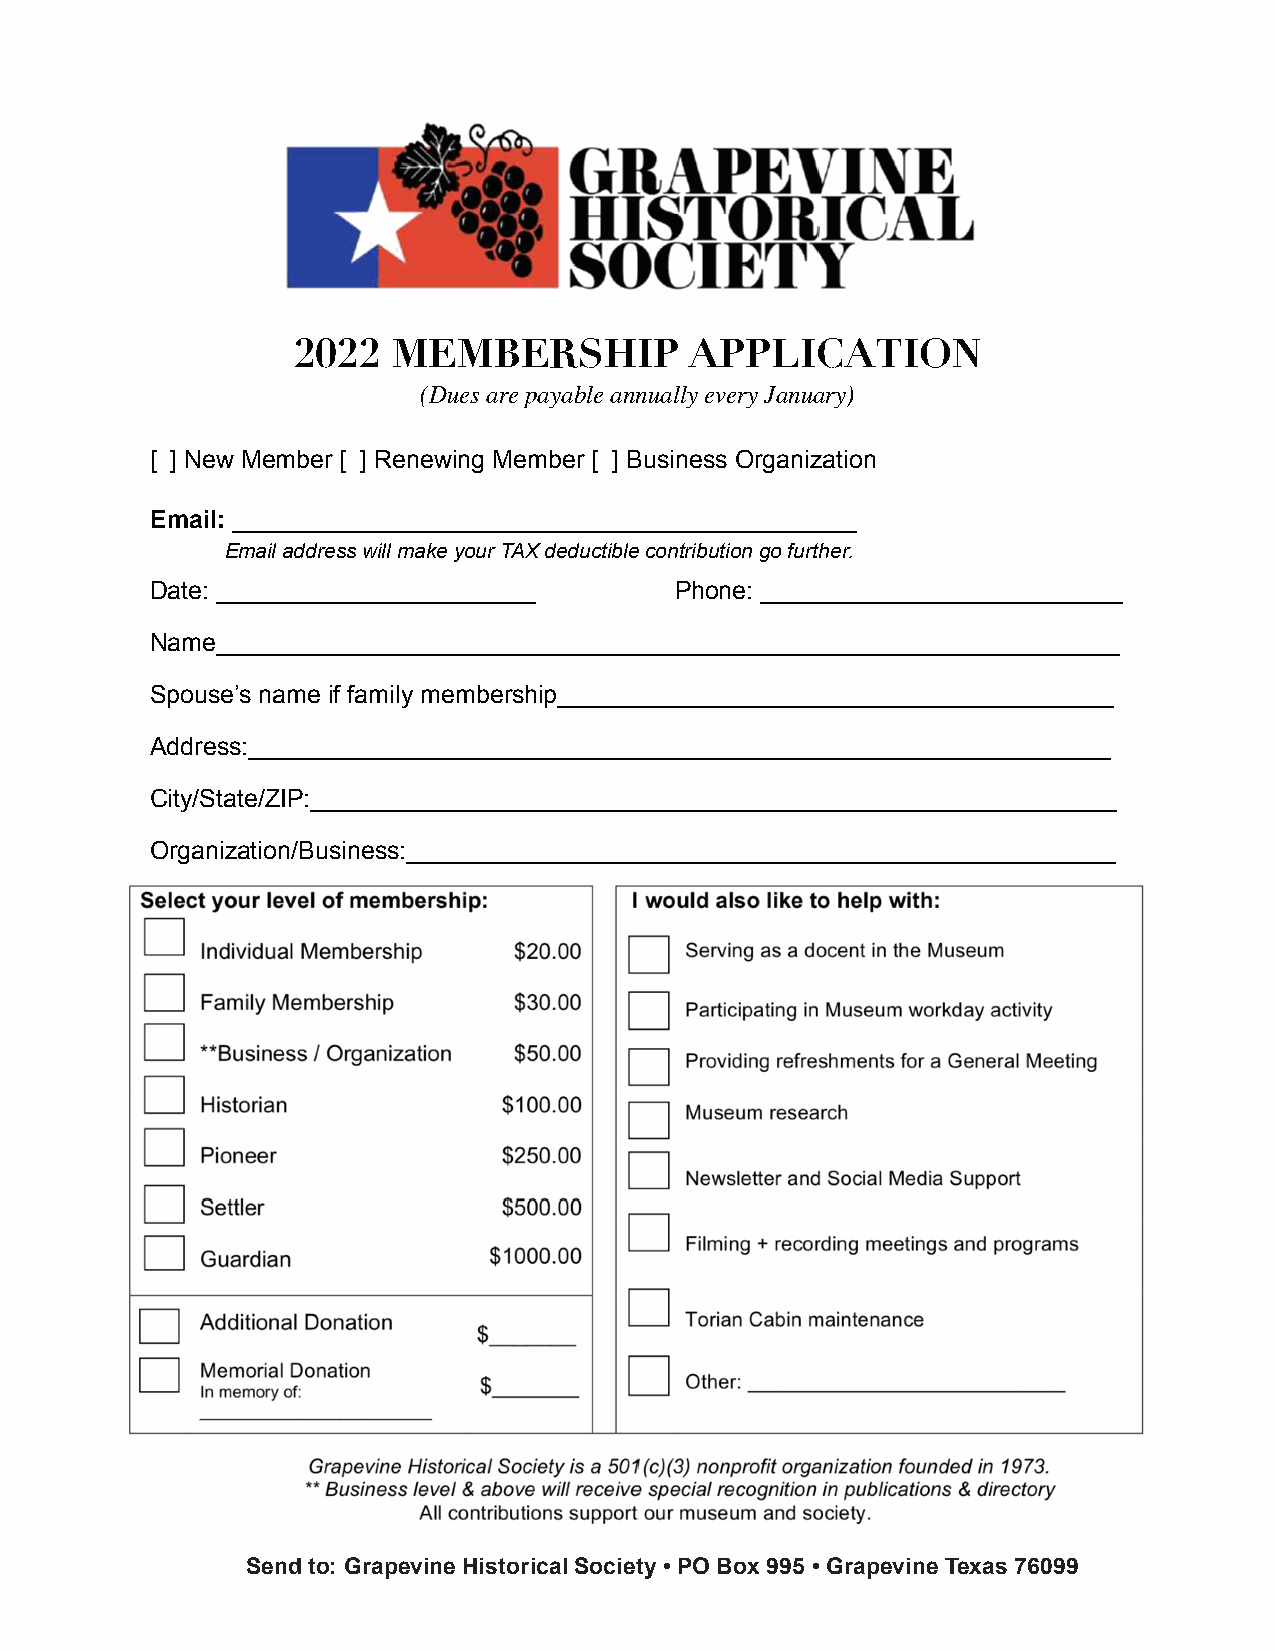
JANUARY 2022 • PAGE 6         ON THE  VINE  • Grapevine Historical Society•
 2022   MEMBERSHIP          APPLICATION
 (Dues are payable annually every January)
 [ ] New Member [ ] Renewing Member [ ] Business Organization
 Email: _____________________________________________
 Email address will make your TAX deductible contribution go further.
 Date: _______________________      Phone: __________________________
 Name_________________________________________________________________
 Spouse’s name if family membership________________________________________
 Address:______________________________________________________________
 City/State/ZIP:__________________________________________________________
 Organization/Business:___________________________________________________
 Send to: Grapevine Historical Society • PO Box 995 • Grapevine Texas 76099